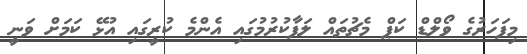
މިފަހަރުގެ ވޯލްޑް ކަޕް މެޗުތައް ލަފާކުރުމުގައި އެންމެ ކުރީގައި އުޅޭ ކަމަށް ވަނީ